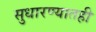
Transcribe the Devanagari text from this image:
सुधारण्यातही